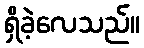
ရှိခဲ့လေသည်။